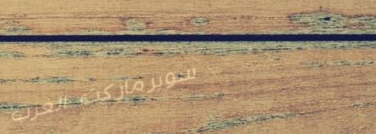
سوبرماركت الغرب